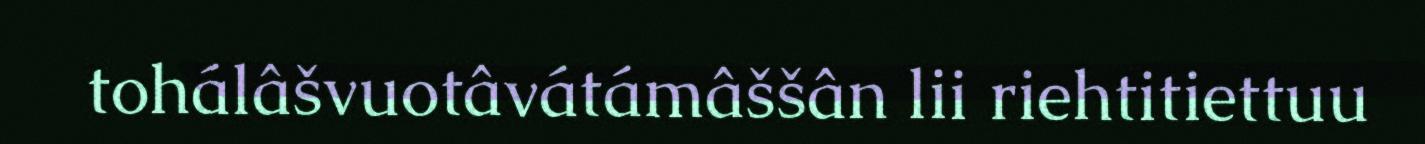
tohálâšvuotâvátámâššân lii riehtitiettuu